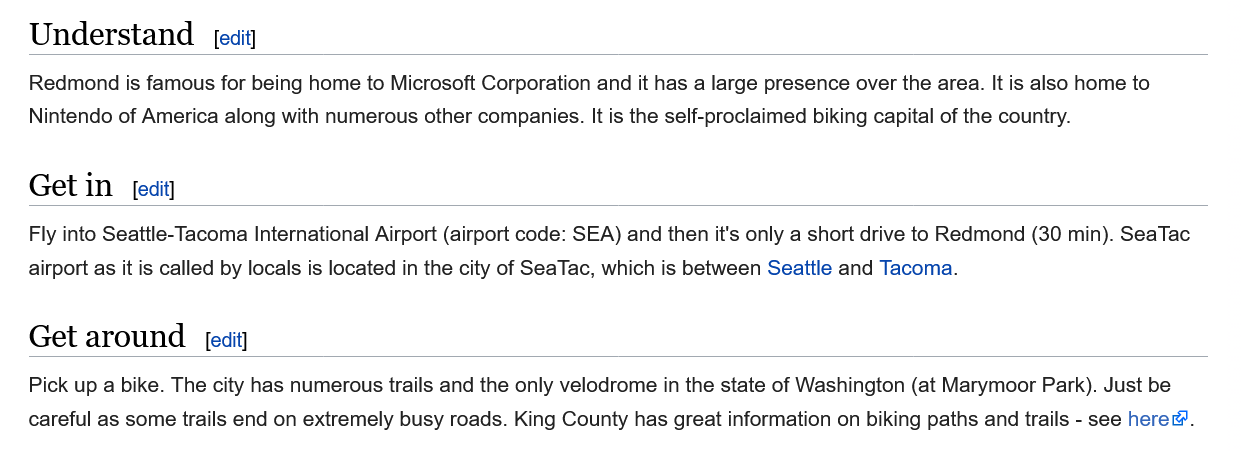
Understand
   Redmond is famous for being home to Microsoft Corporation and it has a large presence over the area. It is also home to
   Nintendo of America along with numerous other companies. It is the self-proclaimed biking capital of the country.
   Fly into Seattle-Tacoma International Airport (airport code: SEA) and then it's only a short drive to Redmond (30 min). SeaTac
   airport as it is called by locals is located in the city of SeaTac, which is between Seattle and Tacoma.
   Get  around
   Pick up a bike. The city has numerous trails and the only velodrome in the state of Washington (at Marymoor Park). Just be
   careful as some trails end on extremely busy roads. King County has great information on biking paths and trails
     - see here®.
     [edit]
     [edit]